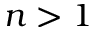
n > 1